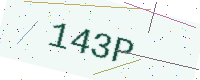
Text: 143P